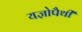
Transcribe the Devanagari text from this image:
यज्ञोपैथी